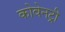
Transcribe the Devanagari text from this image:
कोवेनट्री